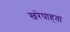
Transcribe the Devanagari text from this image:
खरेपाहता